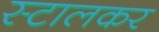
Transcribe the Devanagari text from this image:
स्टालकर